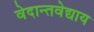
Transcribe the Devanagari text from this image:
वेदान्तवेद्याय